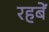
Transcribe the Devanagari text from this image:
रहबें